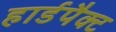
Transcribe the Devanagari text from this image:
हार्डपैक्ट